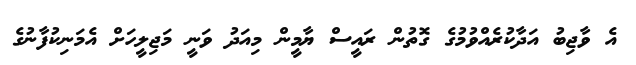
އެ ވާޖިބު އަދާކުރެއްވުމުގެ ގޮތުން ރައީސް ޔާމީން މިއަދު ވަނީ މަޖިލީހަށް އެމަނިކުފާނުގެ